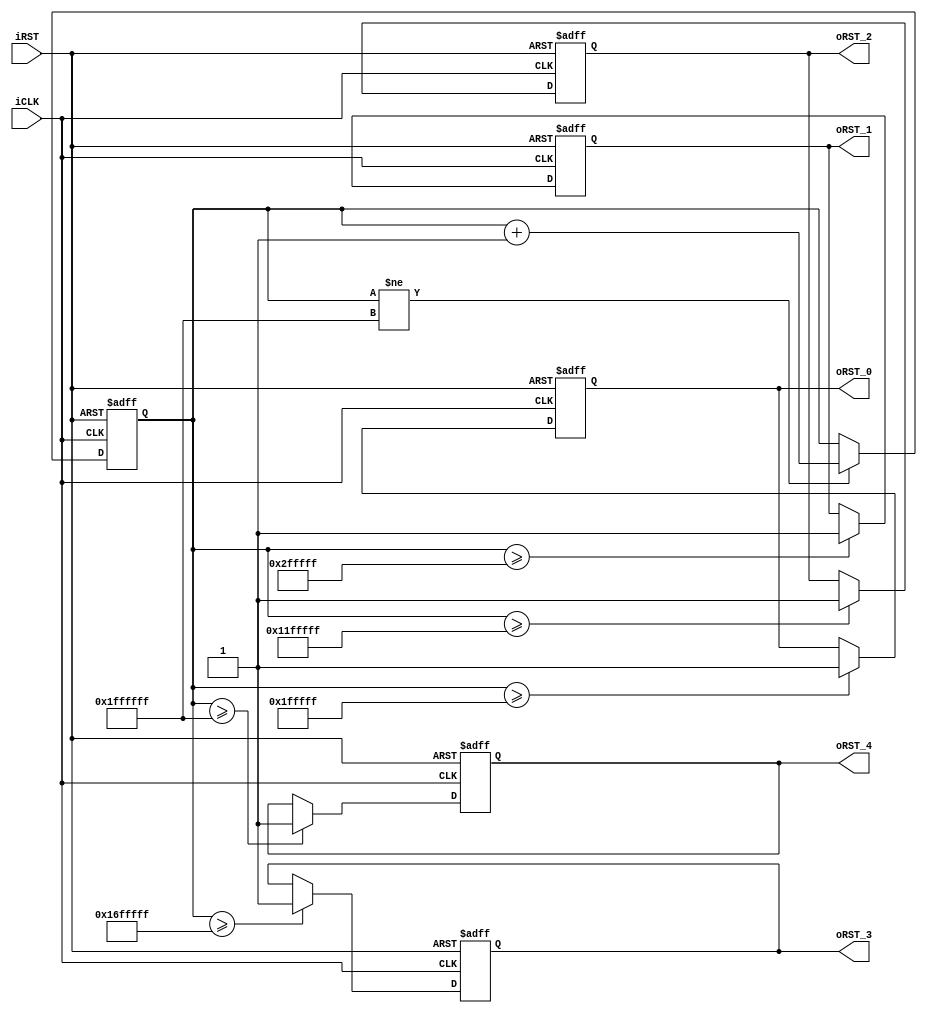
module	Reset_Delay(iCLK,iRST,oRST_0,oRST_1,oRST_2,oRST_3,oRST_4);
input		iCLK;
input		iRST;
output reg	oRST_0;
output reg	oRST_1;
output reg	oRST_2;
output reg	oRST_3;
output reg	oRST_4;

reg	[31:0]	Cont;

always@(posedge iCLK or negedge iRST)
begin
	if(!iRST)
	begin
		Cont	<=	0;
		oRST_0	<=	0;
		oRST_1	<=	0;
		oRST_2	<=	0;
		oRST_3	<=	0;
		oRST_4	<=	0;
	end
	else
	begin
		if(Cont!=32'h01FFFFFF)
		Cont	<=	Cont+1;
		if(Cont>=32'h001FFFFF)
		oRST_0	<=	1;
		if(Cont>=32'h002FFFFF)
		oRST_1	<=	1;
		if(Cont>=32'h011FFFFF)
		oRST_2	<=	1;
		if(Cont>=32'h016FFFFF)
		oRST_3	<=	1;
		if(Cont>=32'h01FFFFFF)
		oRST_4	<=	1;
	end
end

endmodule